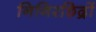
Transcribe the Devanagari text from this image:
निगिरछिद्रों